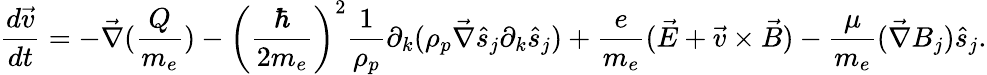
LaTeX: \frac{d\vec{v}}{dt}=-\vec{\nabla}(\frac{Q}{m_{e}})-\left(\frac{\hbar}{2m_{e}}\right)^{2}\frac{1}{\rho_{p}}\partial_{k}(\rho_{p}\vec{\nabla}\hat{s}_{j}\partial_{k}\hat{s}_{j})+\frac{e}{m_{e}}(\vec{E}+\vec{v}\times\vec{B})-\frac{\mu}{m_{e}}(\vec{\nabla}B_{j})\hat{s}_{j}.